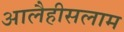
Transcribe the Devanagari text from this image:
आलैहीसलाम